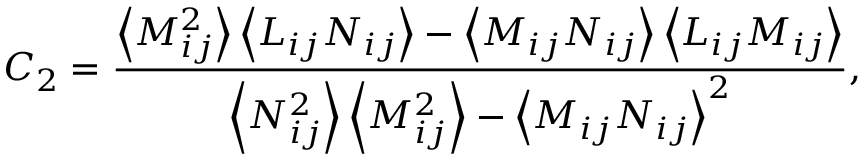
C _ { 2 } = \frac { \left\langle M _ { i j } ^ { 2 } \right\rangle \left\langle L _ { i j } N _ { i j } \right\rangle - \left\langle M _ { i j } N _ { i j } \right\rangle \left\langle L _ { i j } M _ { i j } \right\rangle } { \left\langle N _ { i j } ^ { 2 } \right\rangle \left\langle M _ { i j } ^ { 2 } \right\rangle - \left\langle M _ { i j } N _ { i j } \right\rangle ^ { 2 } } ,